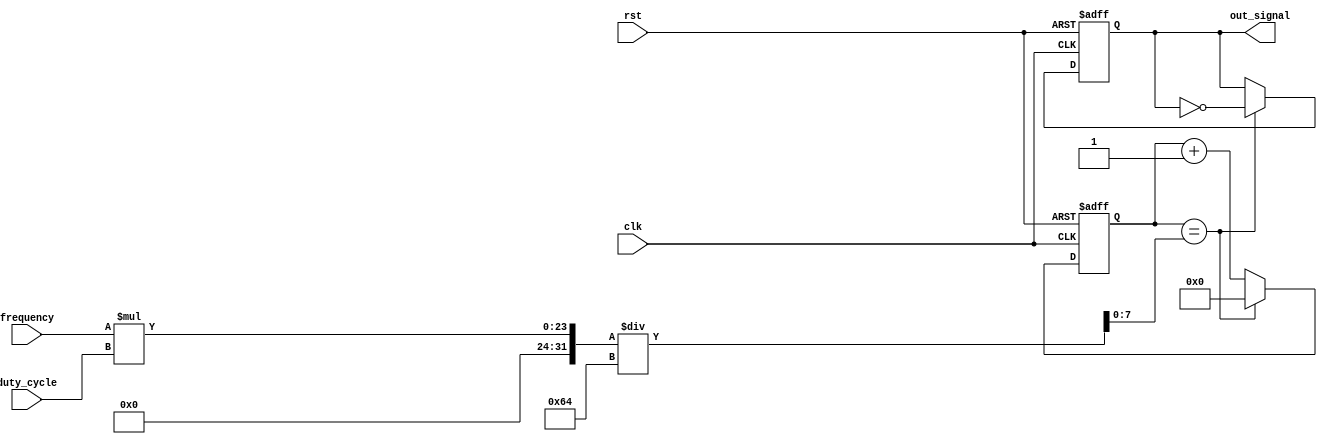
module Periodic_Timer (
  input wire rst,
  input wire clk,
  input wire [15:0] frequency,
  input wire [7:0] duty_cycle,
  output reg out_signal
);

reg [15:0] counter = 0;
reg [7:0] threshold = (frequency * duty_cycle) / 100;

always @(posedge clk or posedge rst) begin
  if (rst) begin
    counter <= 0;
    out_signal <= 0;
  end else begin
    counter <= counter + 1;

    if (counter == threshold) begin
      out_signal <= ~out_signal;
      counter <= 0;
    end
  end
end

endmodule